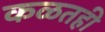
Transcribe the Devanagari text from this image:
कळतही